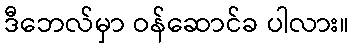
ဒီဘေလ်မှာ ဝန်ဆောင်ခ ပါလား။